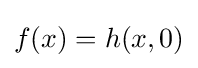
f(x)=h(x,0)